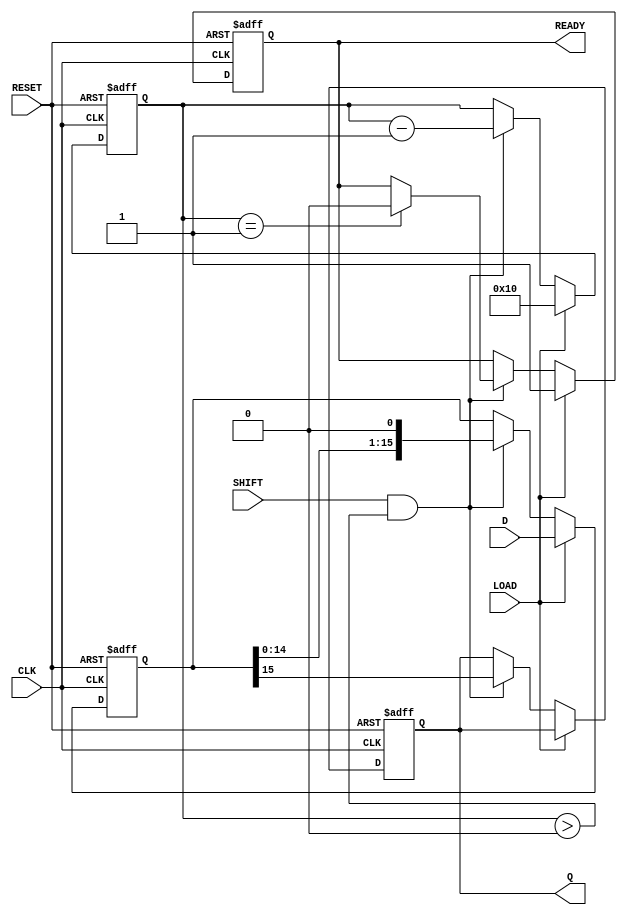
module PISO_Register (
    input wire [15:0] D,      // 16-bit parallel input data
    input wire LOAD,          // Load control signal
    input wire SHIFT,         // Shift control signal
    input wire CLK,           // Clock input
    input wire RESET,         // Asynchronous reset
    output reg Q,             // Serial output
    output reg READY          // Data ready signal
);

    reg [15:0] REG;           // Internal 16-bit shift register
    reg [4:0] bit_count;      // Counter for the number of bits shifted out

    always @(posedge CLK or posedge RESET) begin
        if (RESET) begin
            REG <= 16'b0;     // Clear register on reset
            Q <= 1'b0;        // Clear serial output
            READY <= 1'b0;    // Clear ready signal
            bit_count <= 5'b0; // Reset bit counter
        end else begin
            if (LOAD) begin
                REG <= D;      // Load data into the register
                bit_count <= 5'd16; // Set bit count to 16
                READY <= 1'b1; // Indicate that data is ready to shift
            end else if (SHIFT && bit_count > 0) begin
                Q <= REG[15];   // Output the MSB of the register
                REG <= {REG[14:0], 1'b0}; // Shift left
                bit_count <= bit_count - 1; // Decrement bit count
                if (bit_count == 1) begin
                    READY <= 1'b0; // Clear ready signal after last bit
                end
            end
        end
    end

endmodule